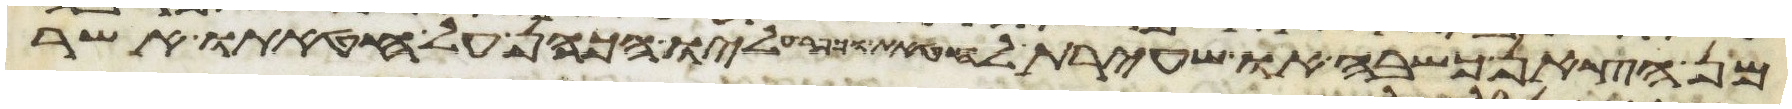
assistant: מן הצאן כשבה או שעירת עזים לחטאת וכפר עליו הכהן על חטאתו אשר